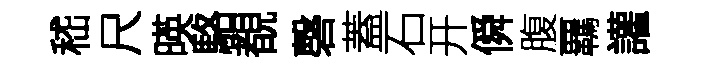
嵇尺暎駱覩磬蓋石开僢腹覊讙